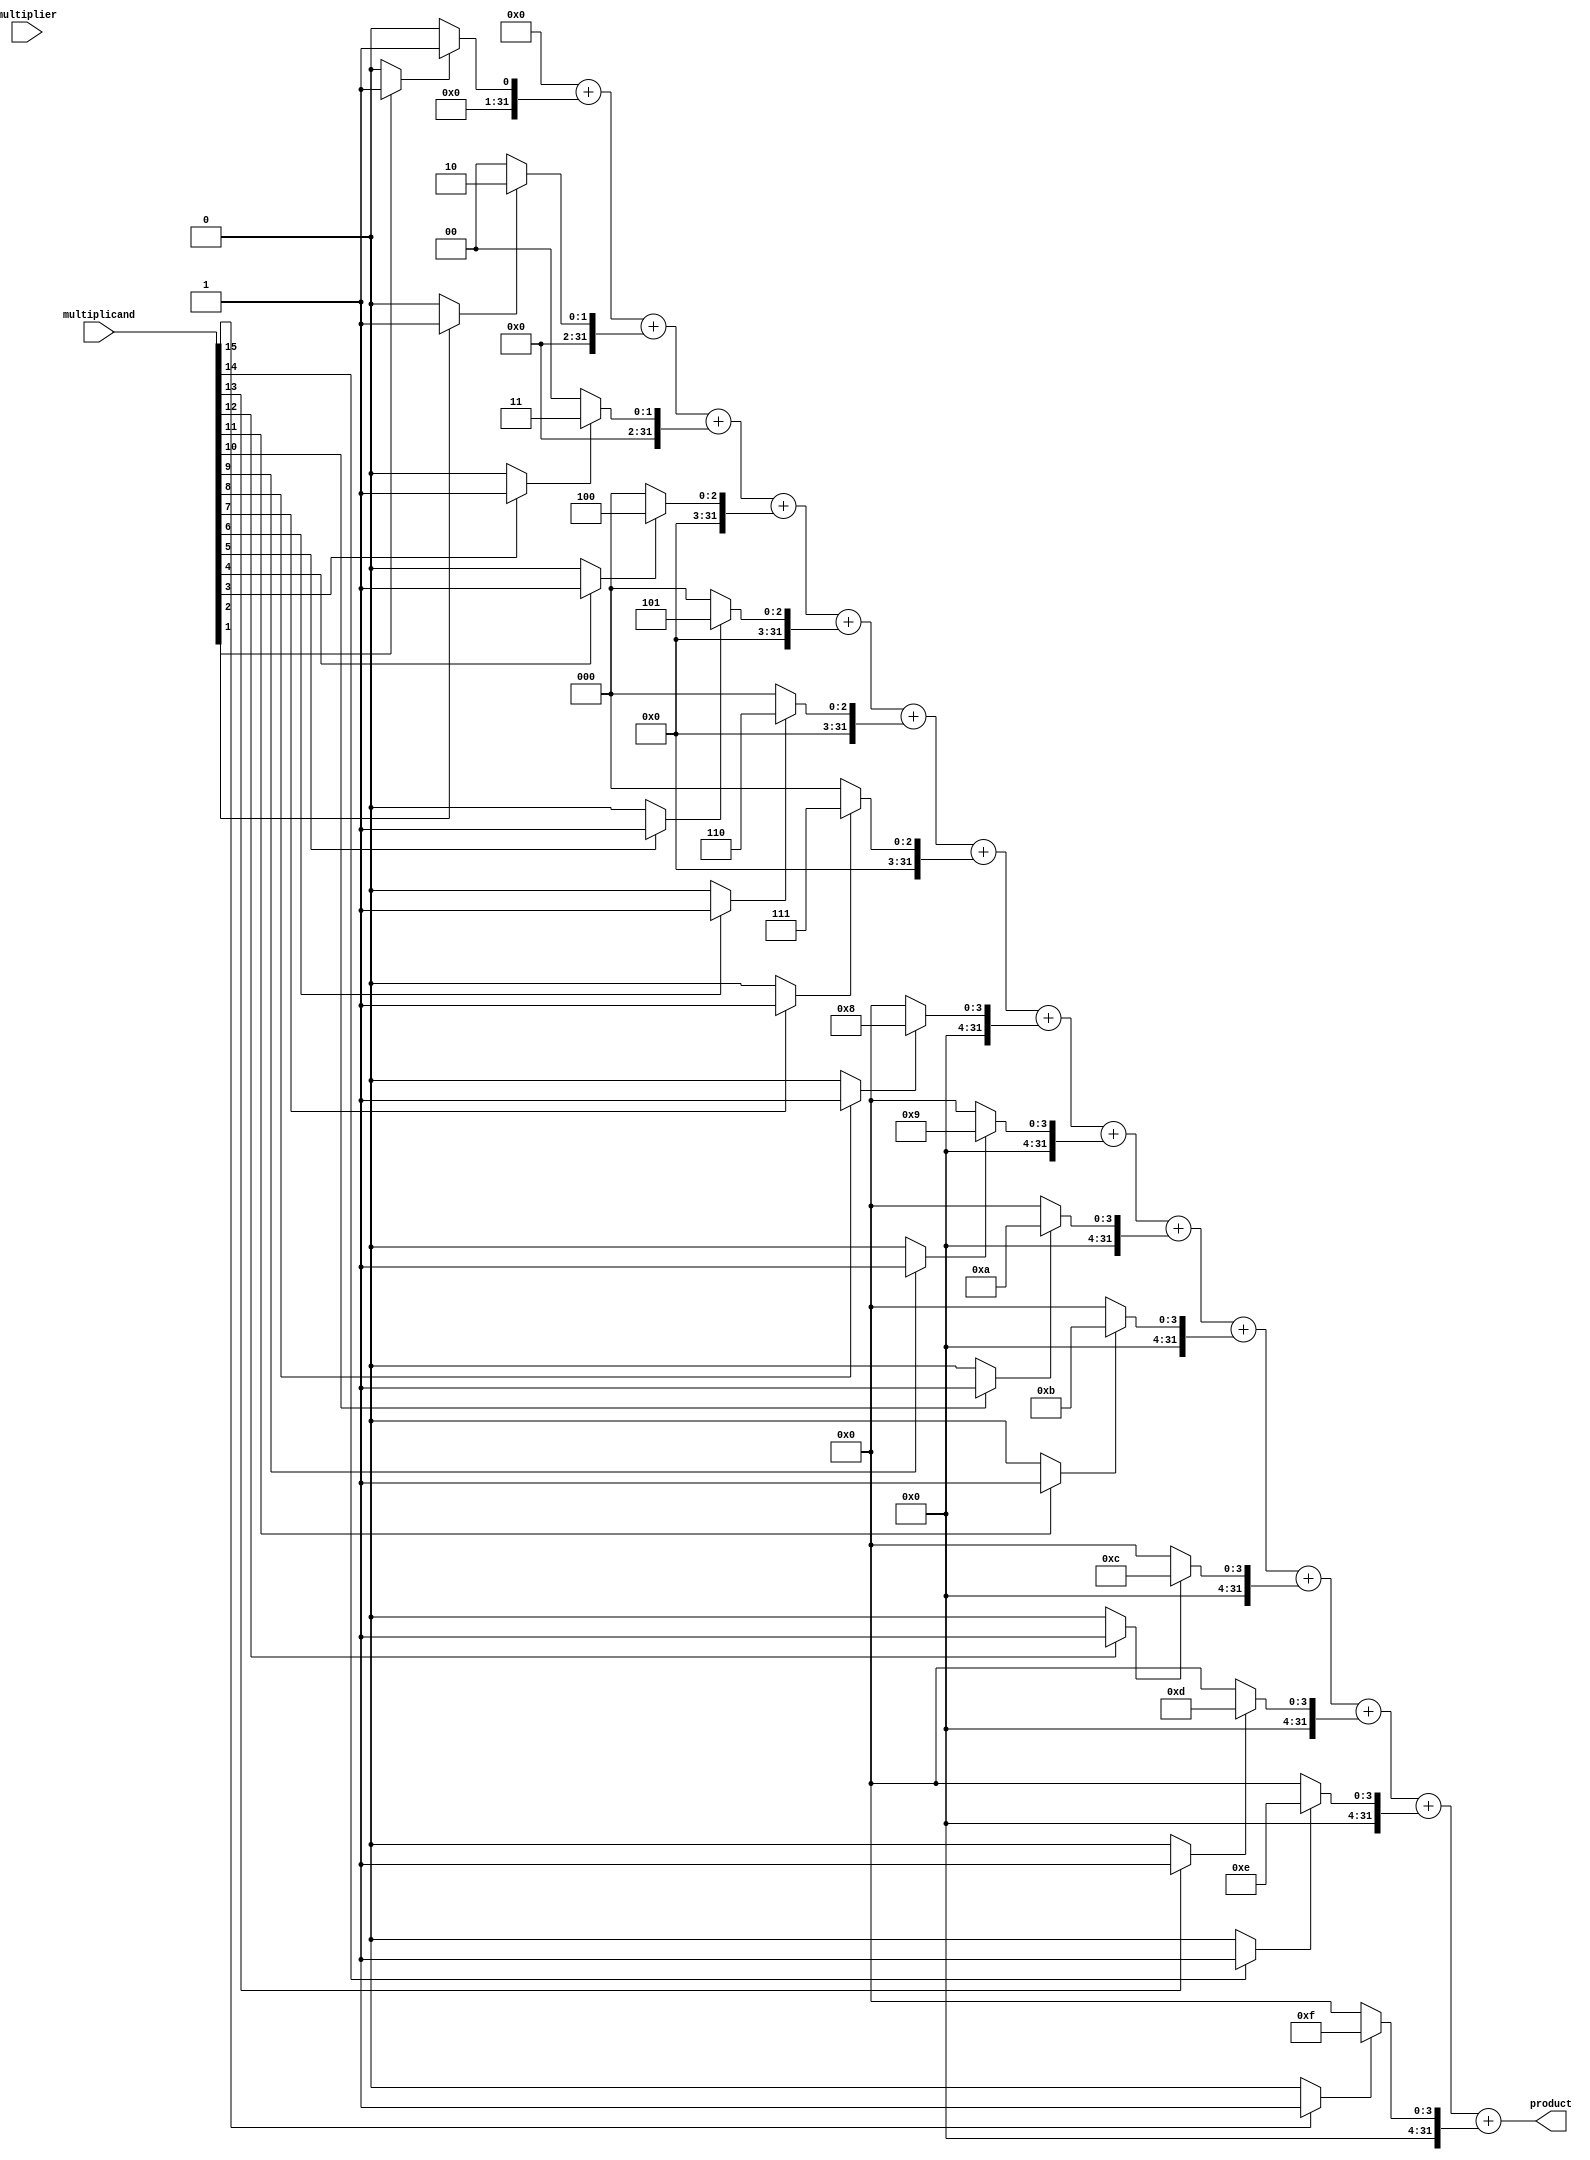
module csd_multiplier (
    input wire [15:0] multiplicand, // 16-bit multiplicand
    input wire [15:0] multiplier,    // 16-bit multiplier
    output wire [31:0] product       // 32-bit product
);
    // Internal signals
    wire [15:0] csd_multiplicand;
    wire signed [31:0] partial_products [0:15];
    
    // CSD Encoding Block
    function [15:0] csd_encode;
        input [15:0] data;
        reg [15:0] csd;
        integer i;
        begin
            csd = 0;
            for (i = 0; i < 16; i = i + 1) begin
                if (data[i] == 1) begin
                    if (i > 0 && (data[i-1] == 1 || i == 15)) begin
                        csd[i] = -1; // Set to -1 if previous bit is 1 (carry)
                    end else begin
                        csd[i] = 1;  // Set to 1
                    end
                end
            end
            csd_encode = csd;
        end
    endfunction

    // Generate CSD representation of the multiplicand
    assign csd_multiplicand = csd_encode(multiplicand);

    // Partial Product Generation
    genvar j;
    generate
        for (j = 0; j < 16; j = j + 1) begin : pp_gen
            assign partial_products[j] = 
                (csd_multiplicand[j] == 1) ? {multiplier, j} : // Add multiplicand << j
                (csd_multiplicand[j] == -1) ? ~{multiplier, j} + 1 : // Subtract multiplicand << j
                32'b0; // No operation
        end
    endgenerate

    // Adder/Subtractor Network
    wire signed [31:0] sum;
    assign product = partial_products[0] + 
                     partial_products[1] + 
                     partial_products[2] + 
                     partial_products[3] + 
                     partial_products[4] + 
                     partial_products[5] + 
                     partial_products[6] + 
                     partial_products[7] + 
                     partial_products[8] + 
                     partial_products[9] + 
                     partial_products[10] + 
                     partial_products[11] + 
                     partial_products[12] + 
                     partial_products[13] + 
                     partial_products[14] + 
                     partial_products[15];

endmodule